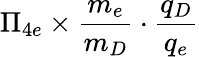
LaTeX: \Pi_{4e}\times\frac{m_{e}}{m_{D}}\cdot\frac{q_{D}}{q_{e}}